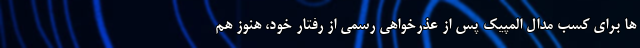
ها برای کسب مدال المپیک پس از عذرخواهی رسمی از رفتار خود، هنوز هم